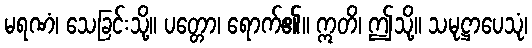
မရဏံ၊ သေခြင်းသို့။ ပတ္တော၊ ရောက်၏။ ဣတိ၊ ဤသို့။ သမုဋ္ဌာပေသုံ၊